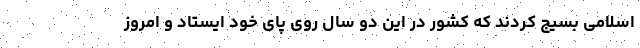
اسلامی بسیج کردند که کشور در این دو سال روی پای خود ایستاد و امروز